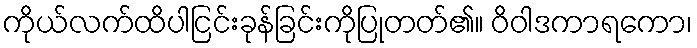
ကိုယ်လက်ထိပါငြင်းခုန်ခြင်းကိုပြုတတ်၏။ ဝိဝါဒကာရကော၊